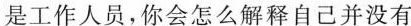
是工作人员，你会怎么解释自己并没有